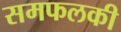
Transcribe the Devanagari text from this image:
समफलकी